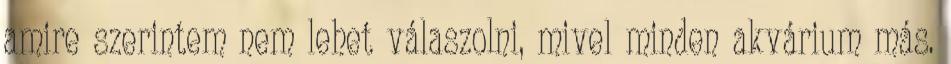
amire szerintem nem lehet válaszolni, mivel minden akvárium más.